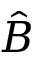
\hat { B }